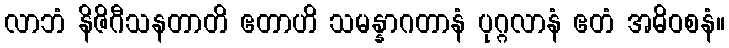
လာဘံ နိဇိဂီသနတာတိ ဧတာဟိ သမန္နာဂတာနံ ပုဂ္ဂလာနံ ဧတံ အဓိဝစနံ။